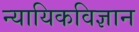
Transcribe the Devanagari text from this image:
न्यायिकविज्ञान